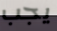
يجب